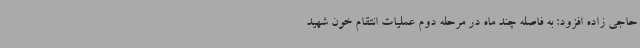
حاجی زاده افزود: به فاصله چند ماه در مرحله دوم عملیات انتقام خون شهید